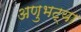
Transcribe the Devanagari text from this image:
अणुभट्या